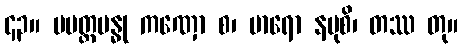
၄၃။ ပမတ္တဗန္ဓု ကဏှော စ၊ မာရော နမုစိ၊ တဿ တု။